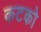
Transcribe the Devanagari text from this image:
कटको